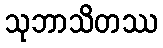
သုဘာသိတဿ